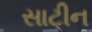
સાટીન